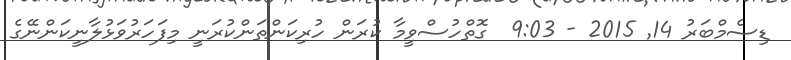
ޑިސެމްބަރު 14